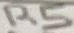
Text: R5